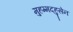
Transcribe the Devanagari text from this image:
मुहम्मदहुसेन